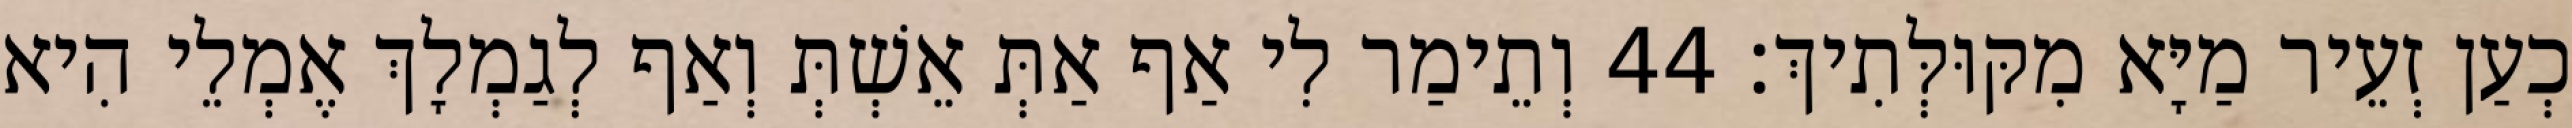
כְעַן זְעֵיר מַיָּא מִקּוּלְּתִיךְ׃ 44 וְתֵימַר לִי אַף אַתְּ אֵשְׁתְּ וְאַף לְגַמְלָךְ אֶמְלֵי הִיא